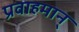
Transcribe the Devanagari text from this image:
प्रवाहमान्